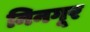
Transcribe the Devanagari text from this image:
निनगूर